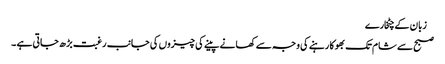
 زبان کے چٹخارے
صبح سے شام تک بھوکا رہنے کی وجہ سے کھانے پینے کی چیزوں کی جانب رغبت بڑ ھ جاتی ہے ۔